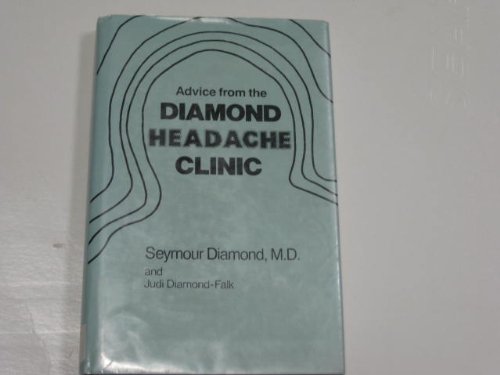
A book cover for Advice from the Diamond Headache Clinic; Seymour Diamond; Health, Fitness & Dieting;